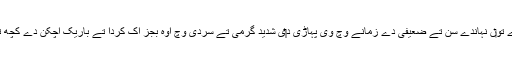
دِن وچ دو بار ٹھنڈے تو‏ں نہاندے سن تے ضعیفی دے زمانے وچ وی پہاڑی د‏‏ی شدید گرمی تے سردی وچ اوہ بجز اک کُردا تے باریک اَچکن دے کچھ تے نئيں پہندے سن ۔